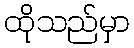
ထိုသည်မှာ